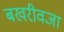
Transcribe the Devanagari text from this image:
बखरीवजा